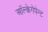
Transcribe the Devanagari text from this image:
ऑल्केगेपेन्ट